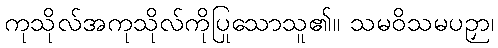
ကုသိုလ်အကုသိုလ်ကိုပြုသောသူ၏။ သမဝိသမပဉှာ၊